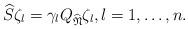
LaTeX: \begin{align*}\widehat{S} \zeta_l = \gamma_l Q_{\widehat{\mathfrak{N}}} \zeta_l, l = 1, \ldots, n.\end{align*}